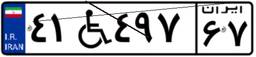
۴۱W۴۹۷۶۷